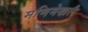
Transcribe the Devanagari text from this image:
मणिमेखलै